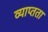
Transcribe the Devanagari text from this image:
व्याप्तता